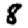
Digit: 8